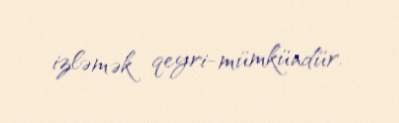
izləmək qeyri-mümkündür.